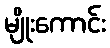
မျိုးကောင်း